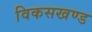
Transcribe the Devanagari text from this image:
विकसखण्ड